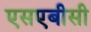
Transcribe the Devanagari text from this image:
एसएबीसी